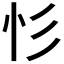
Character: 𢒆